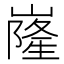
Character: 嶐